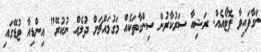
ނަގާފައިވާ ފޮޓޯއެއް. ރަޝިއާ ސަރުކާރުން ސިންގާތަކެއް މަގުމައްޗަށް ދުލެއް ނުކުރޭ" އިންޑިއާ ޓުޑޭގައި